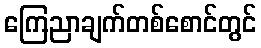
ကြေညာချက်တစ်စောင်တွင်